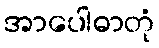
အာပေါဓာတုံ